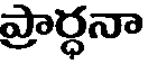
ప్రార్ధనా